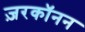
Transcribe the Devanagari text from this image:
ज़रकॉनन